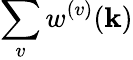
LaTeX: \sum_{v}w^{(v)}(\mathbf{k})